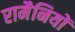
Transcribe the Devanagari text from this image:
रामैनियों